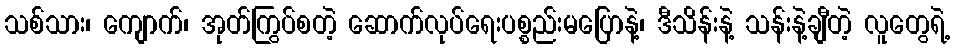
သစ်သား၊ ကျောက်၊ အုတ်ကြွပ်စတဲ့ ဆောက်လုပ်ရေးပစ္စည်းမပြောနဲ့၊ ဒီသိန်းနဲ့ သန်းနဲ့ချီတဲ့ လူတွေရဲ့